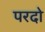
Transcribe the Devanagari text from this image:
परदो